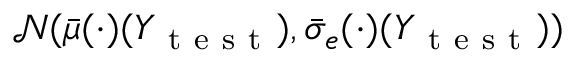
\mathcal { N } ( \bar { \mu } ( \cdot ) ( Y _ { \mathrm { ~ t ~ e ~ s ~ t ~ } } ) , \bar { \sigma } _ { e } ( \cdot ) ( Y _ { \mathrm { ~ t ~ e ~ s ~ t ~ } } ) )